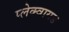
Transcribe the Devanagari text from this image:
प्लेक्वायड